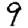
Digit: 9